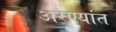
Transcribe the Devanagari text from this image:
अरण्यांत